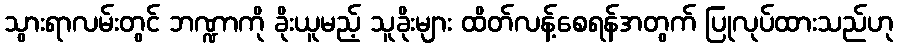
သွားရာလမ်းတွင် ဘဏ္ဍာကို ခိုးယူမည့် သူခိုးများ ထိတ်လန့်စေရန်အတွက် ပြုလုပ်ထားသည်ဟု